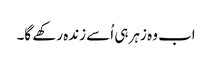
اب وہ زہر ہی اُسے زندہ رکھے گا۔